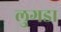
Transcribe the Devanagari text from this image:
लुगडा